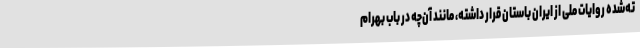
ته‌شده روایات ملی از ایران باستان قرار داشته، مانند آن‌چه در باب بهرام